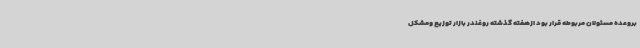
بروعده مسئولان مربوطه قرار بود ازهفته گذشته روغندر بازار توزیع ومشکل